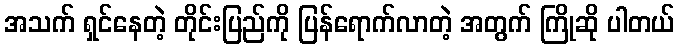
အသက် ရှင်နေတဲ့ တိုင်းပြည်ကို ပြန်ရောက်လာတဲ့ အတွက် ကြိုဆို ပါတယ်